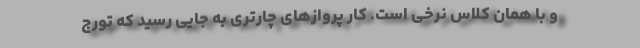
و با همان کلاس نرخی است. کار پروازهای چارتری به جایی رسید که تورج